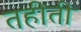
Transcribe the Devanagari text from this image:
तहीती